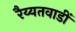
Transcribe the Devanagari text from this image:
रैय्यतवाडीं